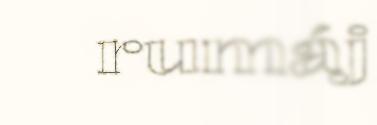
rumáj